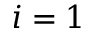
i = 1